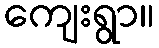
ကျေးရွာ။